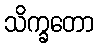
သိက္ခတော